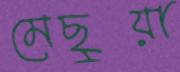
মেছুয়া